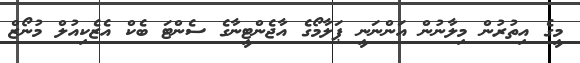
މީގެ އިތުރުން މިލާނުން އަންނަނީ ޕަލާމޯގެ އާޖެންޓީނާގެ ސެންޓަ ބެކް އެޒެކިއުލް މުނޯޒް